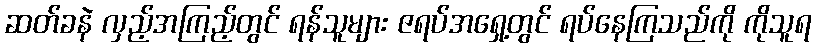
ဆတ်ခနဲ လှည့်အကြည့်တွင် ရန်သူများ ဇရပ်အရှေ့တွင် ရပ်နေကြသည်ကို ကိုသူရ